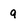
Character: 9